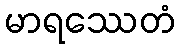
မာရဿေတံ